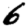
Digit: 6